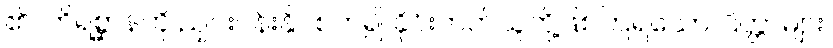
၏။ တိရစ္ဆာန်ကို ညှင်းပန်းနှိပ်စက်၍ ခိုင်းတတ်သူတို့ဖြစ်ကြရသော ပြိတ္တာများ၊